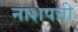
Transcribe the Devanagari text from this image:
नाशपत्ती